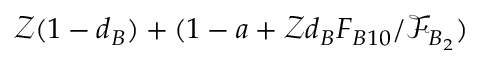
\mathcal { Z } ( 1 - d _ { B } ) + ( 1 - a + \mathcal { Z } d _ { B } F _ { B 1 0 } / \mathcal { F } _ { B _ { 2 } } )